Report on sanitation, dispensaries, and jails in Rajputana for 1911, and on vaccination for the year 1911-1912 - 1911-1912
Year: 1911
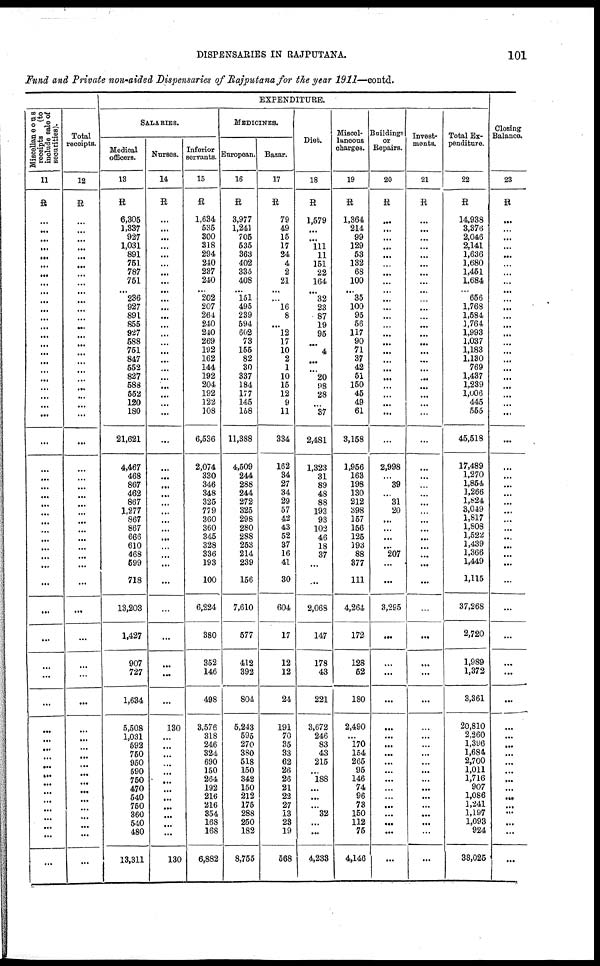
DISPENSARIES IN RAJPUTANA.
101
Fund and Private non-aided Dispensaries of Rajputana for the year 1911—contd.
Miscellaneous
receipts
(to
include sale of
securities).
11
R
...
...
...
...
...
...
...
...
...
...
...
...
...
...
...
...
...
...
...
...
...
...
...
...
...
...
...
...
...
...
...
...
...
...
...
...
...
...
...
...
...
...
...
...
...
...
...
...
...
...
...
...
...
...
...
...
Total
receipts.
12
R
...
...
...
...
...
...
...
...
...
...
...
...
...
...
...
...
...
...
...
...
...
...
...
...
...
...
...
...
...
...
...
...
...
...
...
...
...
...
...
...
...
...
...
...
...
...
...
...
...
...
...
...
...
...
...
...
EXPENDITURE.
SALARIES.
Medical
officers.
13
R
6,305
3,337
927
1,031
891
761
787
751
...
236
927
891
855
927
588
751
847
552
827
588
552
120
180
21,621
4,467
468
867
462
867
1,277
867
867
666
610
468
599
718
13,203
1,427
907
727
1,634
5,508
1,031
592
750
950
590
750
470
540
750
360
540
480
13,311
Nurses.
14
R
...
...
...
...
...
...
...
...
...
...
...
...
...
...
...
...
...
...
...
...
...
...
...
...
...
...
...
...
...
...
...
...
...
...
...
...
...
...
...
...
...
...
130
...
...
...
...
...
...
...
...
...
...
...
...
130
Inferior
servants.
15
R
1,634
535
300
318
294
240
237
240
...
202
207
264
240
210
269
192
162
144
192
204
192
122
108
6,536
2,074
330
346
348
325
779
360
360
345
328
336
193
100
6,224
380
352
146
498
3,576
318
246
324
690
150
264
192
216
216
354
168
168
6,882
MEDICINES.
European.
16
R
3,977
1,241
705
535
363
402
335
408
...
151
495
239
594
608
73
155
82
30
337
184
177
145
158
11,388
4,509
244
288
244
272
325
298
280
288
253
214
239
156
7,610
577
412
392
804
5,243
595
270
380
518
150
342
150
212
175
288
250
182
8,755
Bazar.
17
R
79
49
15
17
24
4
2
21
...
...
16
8
...
12
17
10
2
1
10
15
12
9
11
334
162
34
27
34
29
57
42
43
52
37
16
41
30
604
17
12
12
24
191
70
35
33
62
26
26
21
22
27
13
23
19
568
Diet.
18
R
1,579
...
...
111
11
151
22
164
...
32
23
87
19
95
...
4
...
...
20
98
28
...
37
2,481
1,323
31
89
48
88
193
93
102
46
18
37
...
...
2,068
147
178
43
221
3,672
246
83
43
215
...
188
...
...
...
32
...
...
4,233
Miscel-
laneous
charges.
19
R
1,364
214
99
129
53
132
68
100
...
35
100
95
56
117
90
71
37
42
51
150
45
49
61
3,158
1,956
163
198
130
212
398
157
156
125
193
88
377
111
4,264
172
128
52
180
2,490
...
170
154
265
95
146
74
96
73
150
112
75
4,146
Buildings
or
Repairs.
20
R
...
...
...
...
...
...
...
...
...
...
...
...
...
...
...
...
...
...
...
...
...
...
...
...
2,998
...
39
...
31
20
...
...
...
...
207
...
...
3,295
...
...
...
...
...
...
...
...
...
...
...
...
...
...
...
...
...
...
Invest-
ments.
21
R
...
...
...
...
...
...
...
...
...
...
...
...
...
...
...
...
...
...
...
...
...
...
...
...
...
...
...
...
...
...
...
...
...
...
...
...
...
...
...
...
...
...
...
...
...
...
...
...
...
...
...
...
...
...
...
Total Ex-
penditure.
22
R
14,938
3,376
2,046
2,141
1,636
1,680
1,451
1,684
...
656
1,768
1,584
1,764
1,993
1,037
1,183
1,130
769
1,437
1,239
1,006
445
555
45,518
17,489
1,270
1,854
1,266
1,824
3,049
1,817
1,808
1,522
1,439
1,366
1,449
1,115
37,268
2,720
1,989
1,372
3,361
20,810
2,260
1,396
1,684
2,700
1,011
1,716
907
1,086
1,241
1,197
1,093
924
38,025
Closing
Balance.
23
R
...
...
...
...
...
...
...
...
...
...
...
...
...
...
...
...
...
...
...
...
...
...
...
...
...
...
...
...
...
...
...
...
...
...
...
...
...
...
...
...
...
...
...
...
...
...
...
...
...
...
...
...
...
...
...
...